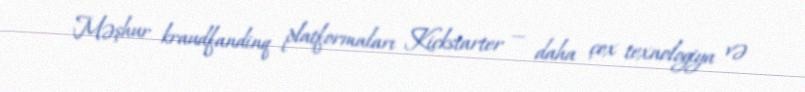
Məşhur kraudfandinq platformaları Kickstarter — daha çox texnologiya və